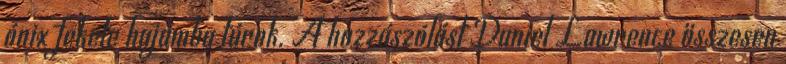
ónix fekete hajamba túrok. A hozzászólást Daniel Lawrence összesen